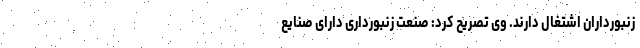
زنبورداران اشتغال دارند. وی تصریح کرد: صنعت زنبورداری دارای صنایع